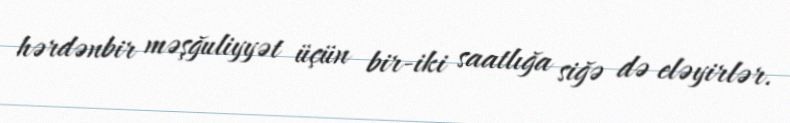
hərdənbir məşğuliyyət üçün bir-iki saatlığa siğə də eləyirlər.